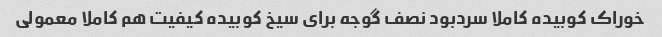
خوراک کوبیده کاملا سردبود نصف گوجه برای سیخ کوبیده کیفیت هم کاملا معمولی